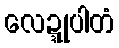
လေဍ္ဍုပါတံ